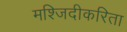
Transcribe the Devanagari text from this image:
मश्जिदीकरिता